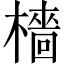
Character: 檣